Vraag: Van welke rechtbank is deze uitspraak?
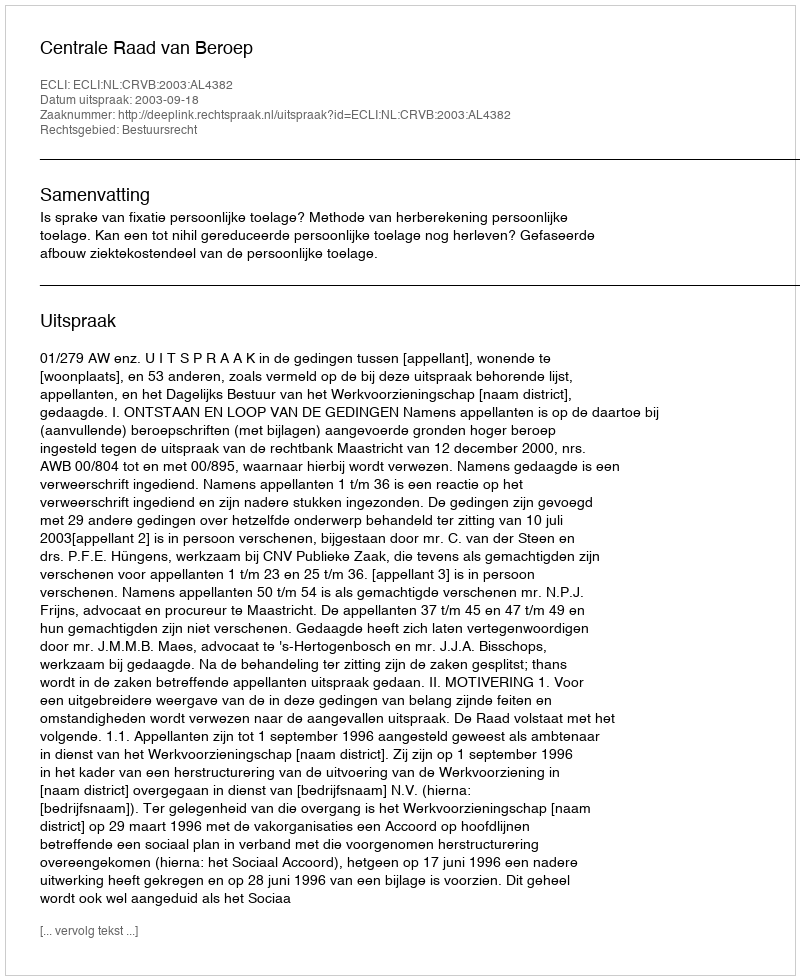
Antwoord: Centrale Raad van Beroep